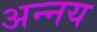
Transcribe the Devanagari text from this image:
अन्‍नय